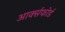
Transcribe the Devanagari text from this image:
आर्क्सफोर्ड